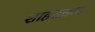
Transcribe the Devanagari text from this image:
शाहतख़्ता